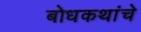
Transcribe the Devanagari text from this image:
बोधकथांचे